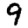
Digit: 9